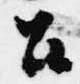
召